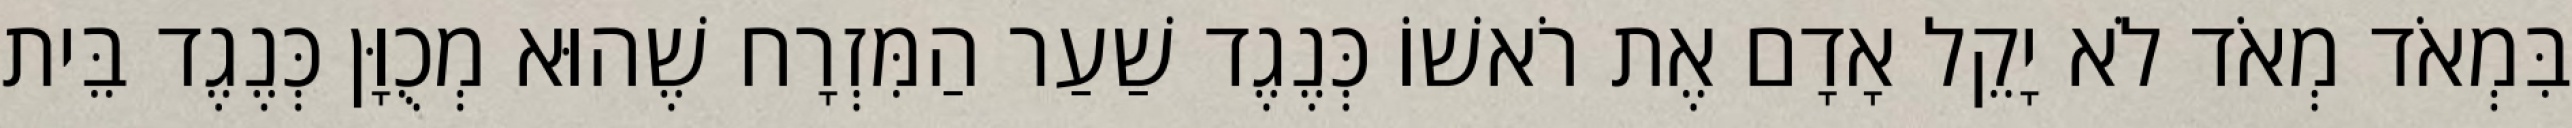
בִּמְאֹד מְאֹד לֹא יָקֵל אָדָם אֶת רֹאשׁוֹ כְּנֶגֶד שַׁעַר הַמִּזְרָח שֶׁהוּא מְכֻוָּן כְּנֶגֶד בֵּית